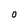
Character: O